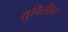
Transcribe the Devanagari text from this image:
युनिलीव्हर